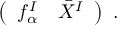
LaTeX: \left( \begin{array} { c c } { { f _ { \alpha } ^ { I } } } & { { \bar { X } ^ { I } } } \end{array} \right) \ .